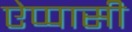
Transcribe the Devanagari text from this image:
ऐप्पासी